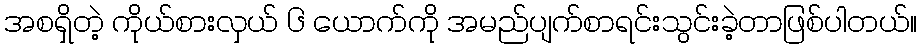
အစရှိတဲ့ ကိုယ်စားလှယ် ၆ ယောက်ကို အမည်ပျက်စာရင်းသွင်းခဲ့တာဖြစ်ပါတယ်။